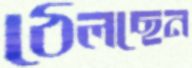
ঠেলছেন